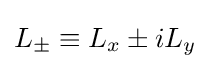
L_{\pm }\equiv L_{x}\pm iL_{y}